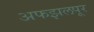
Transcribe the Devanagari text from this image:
अफझलपूर